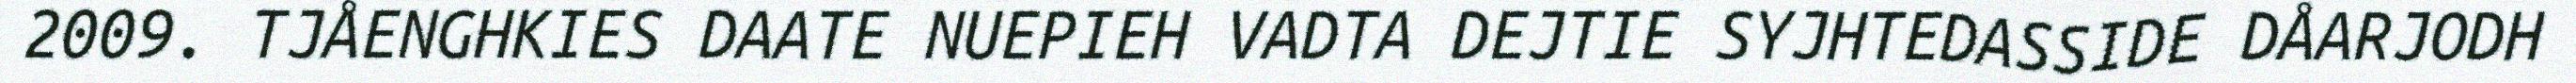
2009. TJÅENGHKIES DAATE NUEPIEH VADTA DEJTIE SYJHTEDASSIDE DÅARJODH